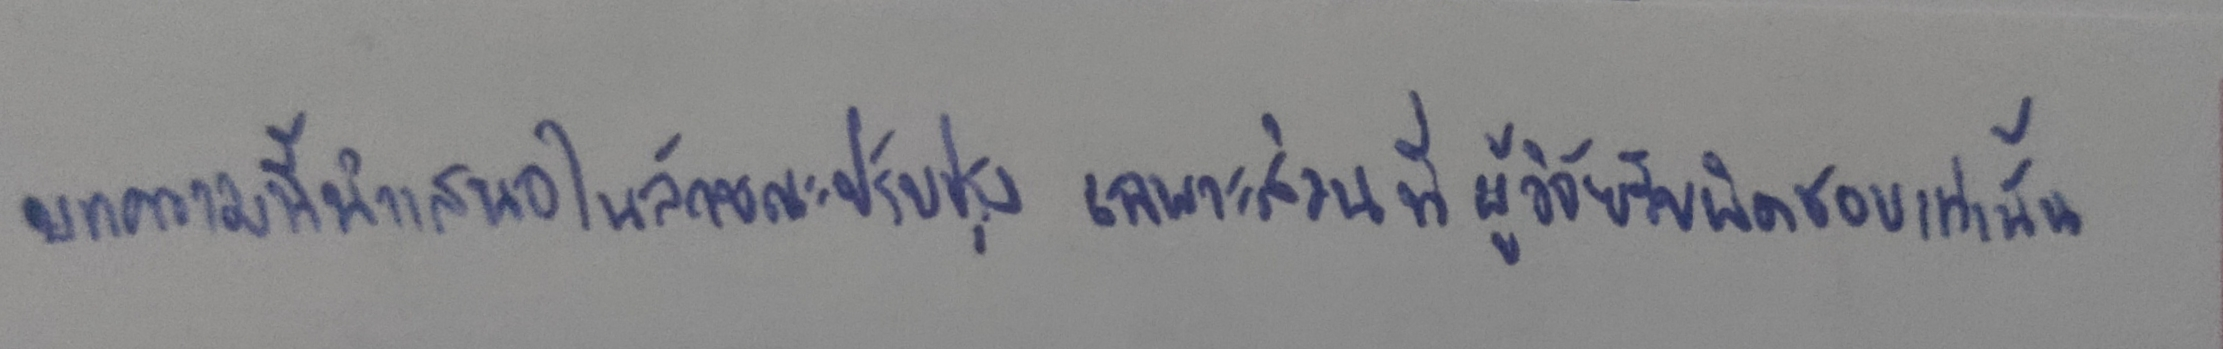
บทความนี้นำเสนอในลักษณะปรับปรุงเฉพาะส่วนที่ผู้วิจัยรับผิดชอบเท่านั้น